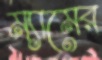
ম্যামের